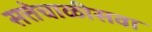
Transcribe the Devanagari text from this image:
सत्तेचाळीसवा